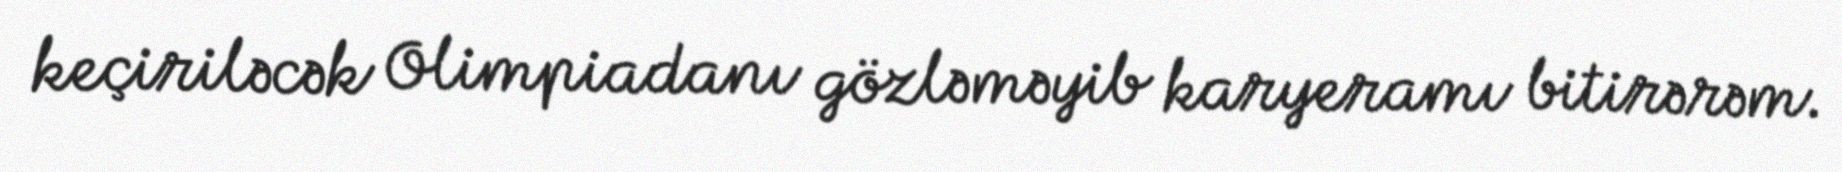
keçiriləcək Olimpiadanı gözləməyib karyeramı bitirərəm.